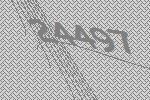
24497